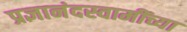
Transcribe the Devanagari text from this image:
प्रज्ञानंदस्वामींच्या